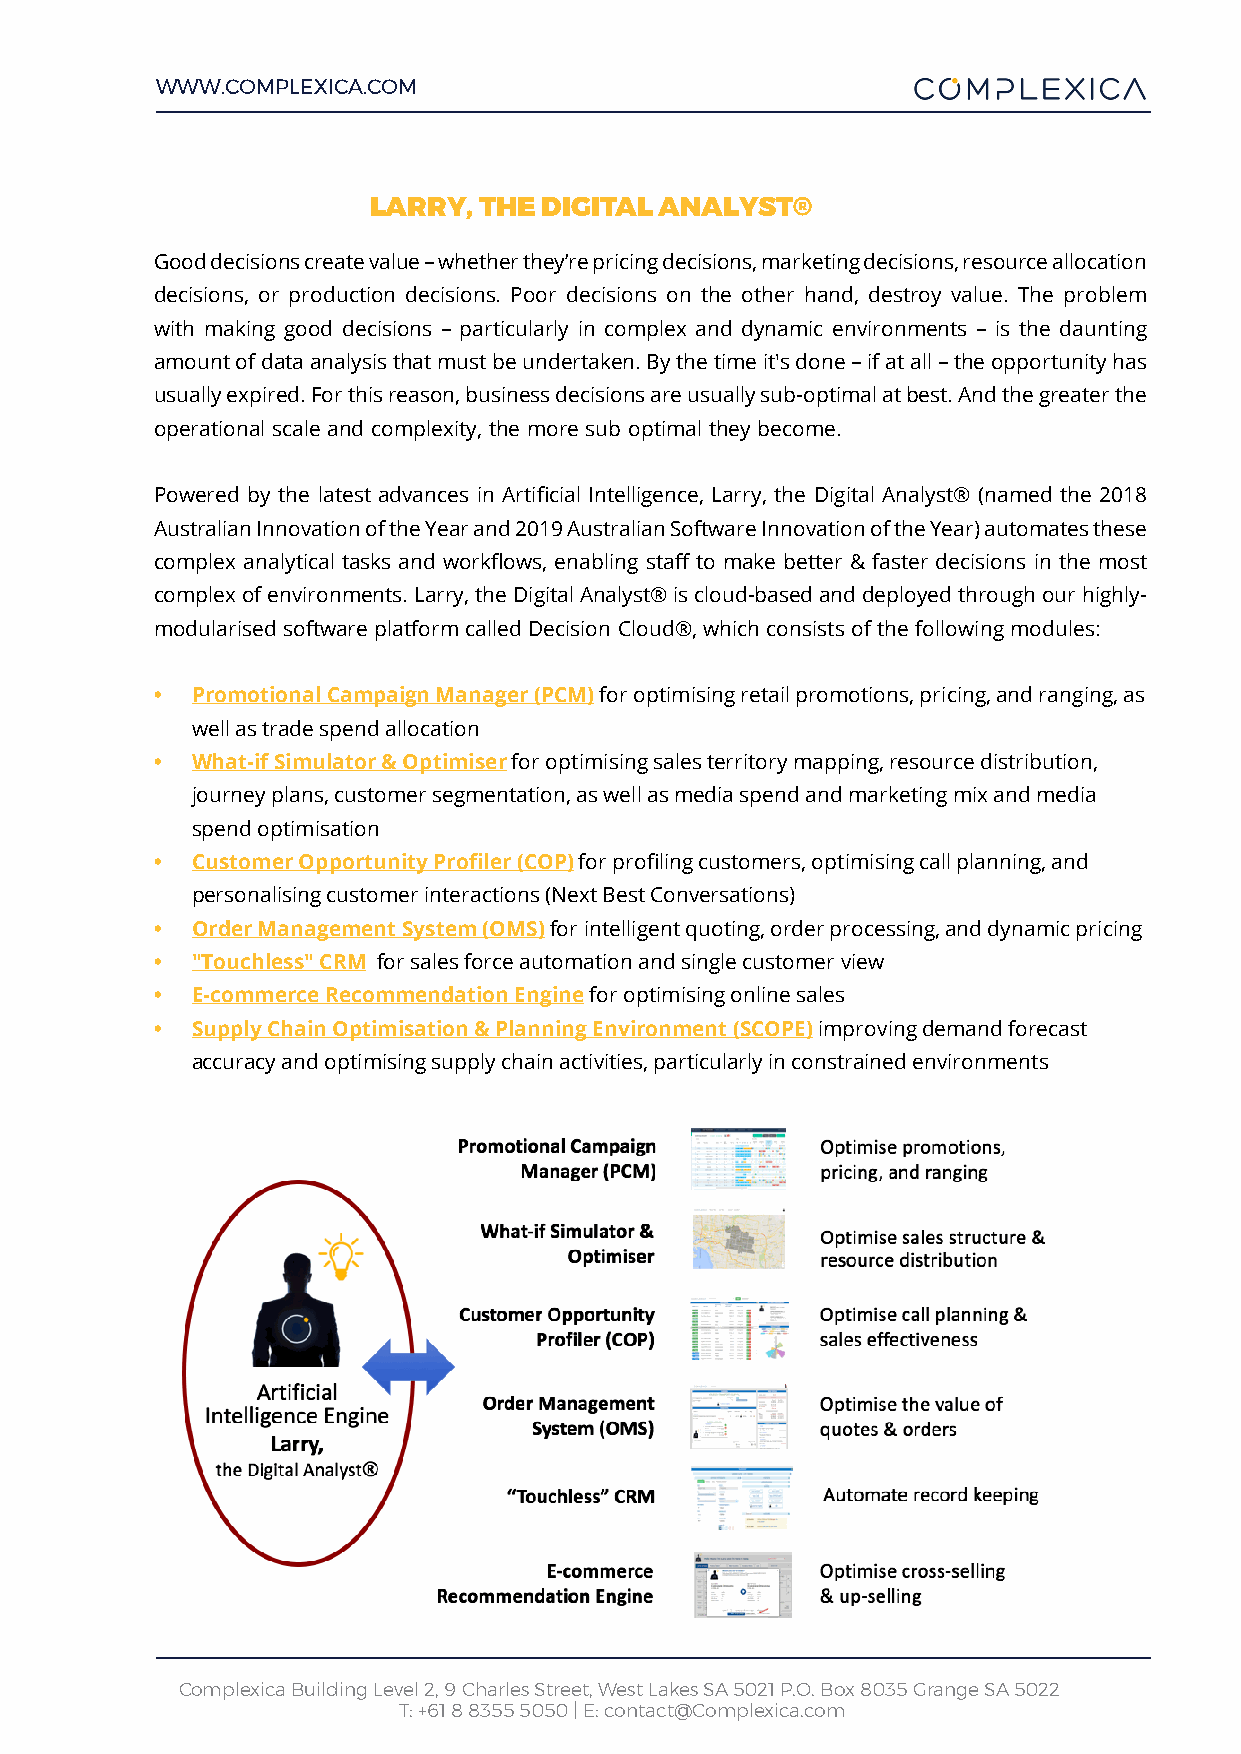
WWW.COMPLEXICA.COM
 LARRY,  THE DIGITAL ANALYST®
 Good decisions create value – whether they’re pricing decisions, marketing decisions, resource allocation
 decisions, or production decisions. Poor decisions on the other hand, destroy value. The problem
 with making good decisions – particularly in complex and dynamic environments – is the daunting
 amount of data analysis that must be undertaken. By the time it's done – if at all – the opportunity has
 usually expired. For this reason, business decisions are usually sub-optimal at best. And the greater the
 operational scale and complexity, the more sub optimal they become.
 Powered by the latest advances in Artificial Intelligence, Larry, the Digital Analyst® (named the 2018
 Australian Innovation of the Year and 2019 Australian Software Innovation of the Year) automates these
 complex analytical tasks and workflows, enabling staff to make better & faster decisions in the most
 complex of environments. Larry, the Digital Analyst® is cloud-based and deployed through our highly-
 modularised software platform called Decision Cloud®, which consists of the following modules:
 •  Promotional Campaign Manager (PCM) for optimising retail promotions, pricing, and ranging, as
 well as trade spend allocation
 •  What-if Simulator & Optimiser for optimising sales territory mapping, resource distribution,
 journey plans, customer segmentation, as well as media spend and marketing mix and media
 spend optimisation
 •  Customer Opportunity Profiler (COP) for profiling customers, optimising call planning, and
 personalising customer interactions (Next Best Conversations)
 •  Order Management System (OMS) for intelligent quoting, order processing, and dynamic pricing
 •  "Touchless" CRM for sales force automation and single customer view
 •  E-commerce Recommendation Engine for optimising online sales
 •  Supply Chain Optimisation & Planning Environment (SCOPE) improving demand forecast
 accuracy and optimising supply chain activities, particularly in constrained environments
 Complexica Building Level 2, 9 Charles Street, West Lakes SA 5021 P.O. Box 8035 Grange SA 5022
 T: +61 8 8355 5050 | E: contact@Complexica.com